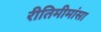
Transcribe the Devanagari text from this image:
रीतिमीमांसा